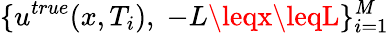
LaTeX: \{ u^{true}(x,T_{i}),\; -L\leqx\leqL\} _{i=1}^{\mathit{M}}